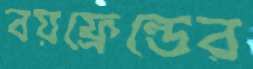
বয়ফ্রেন্ডের